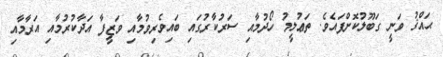
ޙައްޤު ވަނީ ގަބޫލުކޮށްފައެވެ. ތަޢުލީމު ހޯދުމާއި ސަރުކާރުގައި ބައިވެރިވުމާއި ވަޒީފާ އަދާކުރުމާއި އަރާމާއި